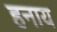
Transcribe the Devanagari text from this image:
हनाय